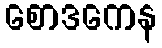
စောဒကေန